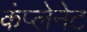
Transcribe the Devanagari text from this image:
कंप्लेनेट